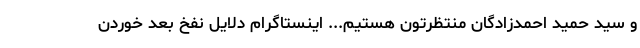
و سید حمید احمدزادگان منتظرتون هستیم... اینستاگرام دلایل نفخ بعد خوردن